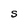
Character: S